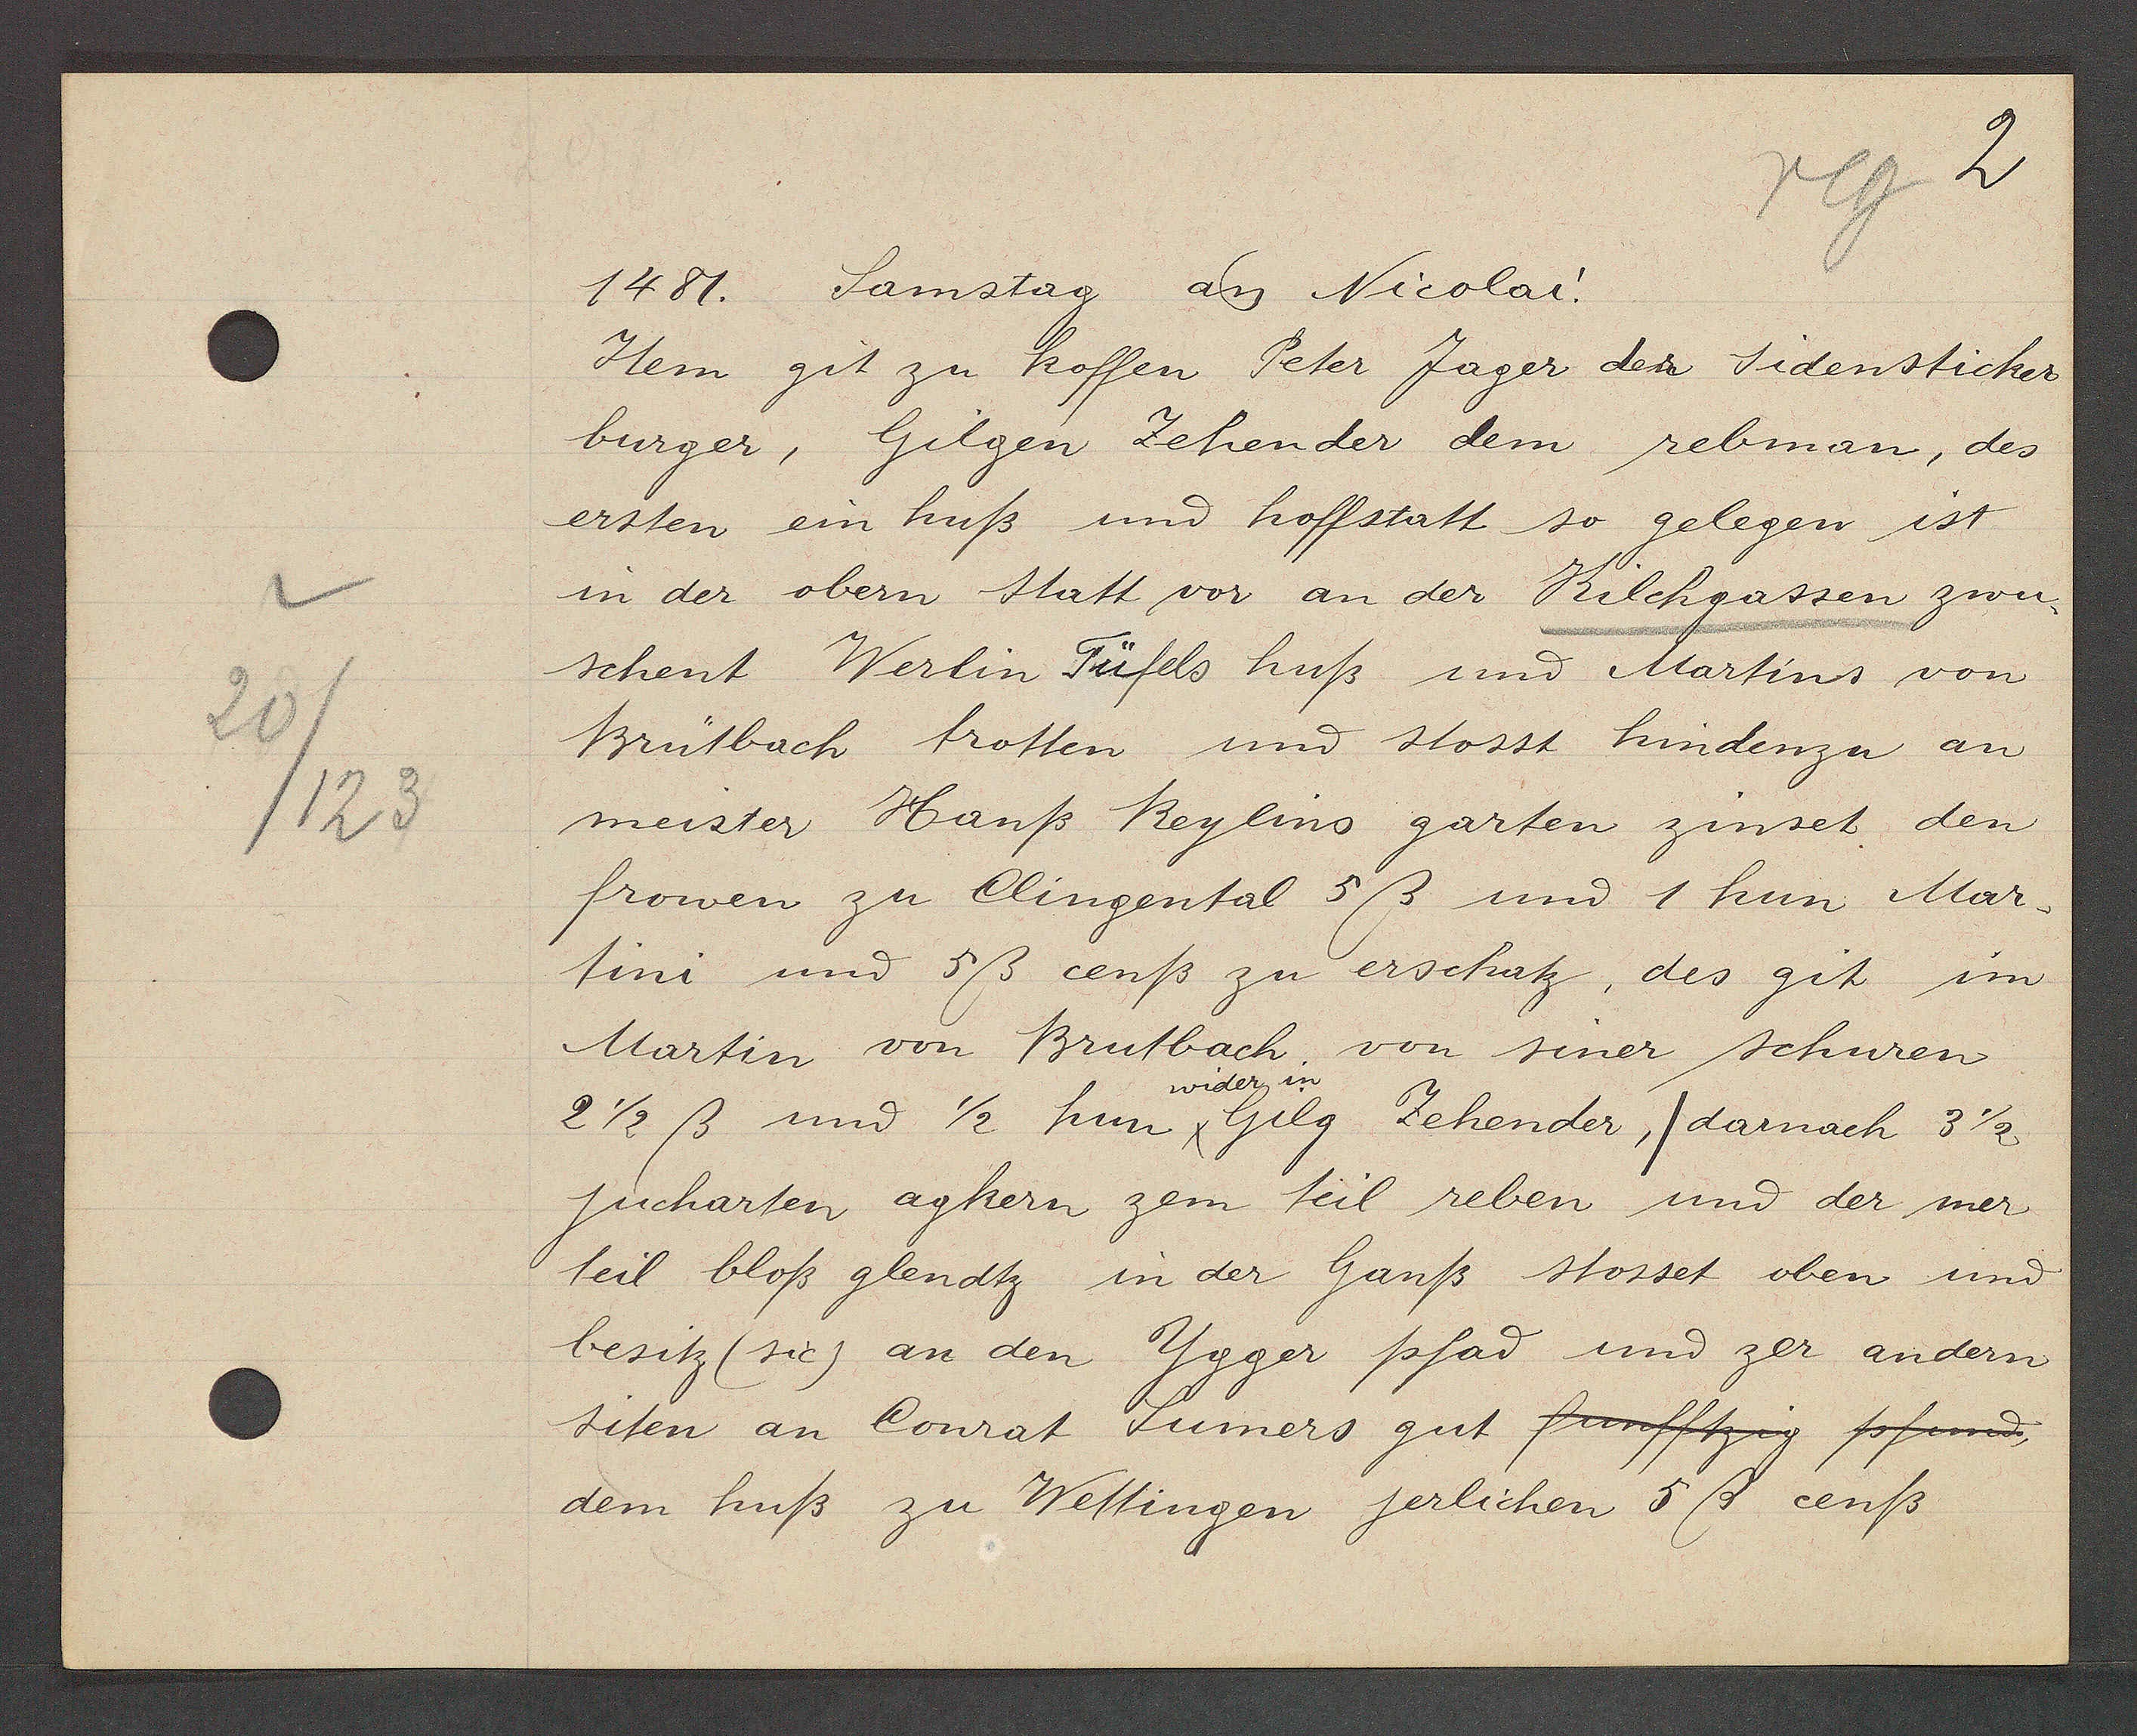
Transcript:
20
/123

1481. Samstag aȵ Nicolai.

Item git zu koffen Peter Jager der Sidensticker
burger, Gilgen Zehender dem rebman, des
ersten ein huß und hoffstatt so gelegen ist
in der obern statt vor an der Kilchgassen zwu-
schent Werlin Tüfels huß und Martins von
Brütbach trotten und stosst hindenzu an
meister Hanß Reylins garten zinset, den
frowen zu Clingental 5 ß und 1 hun Mar¬
tini und 5ß cenß zu erschatz, des git im
Martin von Brutbach von siner schuren
2 1/2ß und 1/2 hun x Gild Zehender, / darnach 3 1/2
jucharten agkern zem teil reben und der mer
teil bloß glendtz in der Ganß stosset oben und
besitz (sic) an den Ygger pfad und zer andern
siten an Conrat Sumers gut funfftzig pfand,
dem huß zu Wettingen jerlichen 5 ß cenß